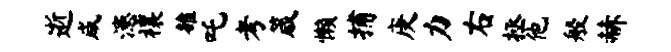
逝咸漶禳雒吒考箴懒捕庚力右拯他般赫